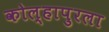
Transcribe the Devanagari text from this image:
कोल्हापुरला